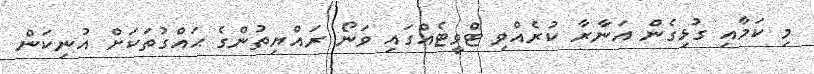
މި ކަމާއި ގުޅިގެން އަނާރާ ކުރެއްވި ޓްވީޓެއްގައި ވަނޯ ރައްޔިތުންގެ ޙައްގުތަކަށް އުނިކަން